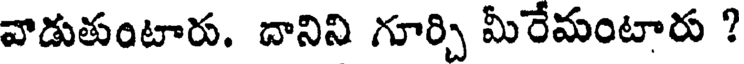
వాడుతుంటారు. దానిని గూర్చి మీరేమంటారు ?